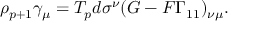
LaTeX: \rho _ { p + 1 } \gamma _ { \mu } = T _ { p } d \sigma ^ { \nu } ( G - { \cal F } \Gamma _ { 1 1 } ) _ { \nu \mu } .